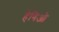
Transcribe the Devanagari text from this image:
हेगिओ